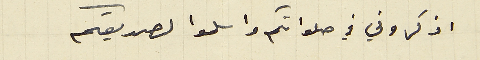
اذكروني في صلواتكم واسلموا لصديقكم